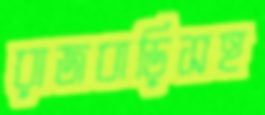
রাজবাড়িসহ